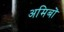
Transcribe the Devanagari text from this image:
अमिबों